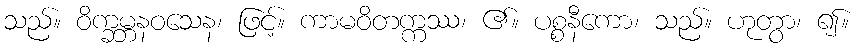
သည်။ ဝိက္ခမ္ဘနဝသေန၊ ဖြင့်။ ကာမဝိတက္ကဿ၊ ၏။ ပစ္စနီကော၊ သည်။ ဟုတွာ၊ ၍။